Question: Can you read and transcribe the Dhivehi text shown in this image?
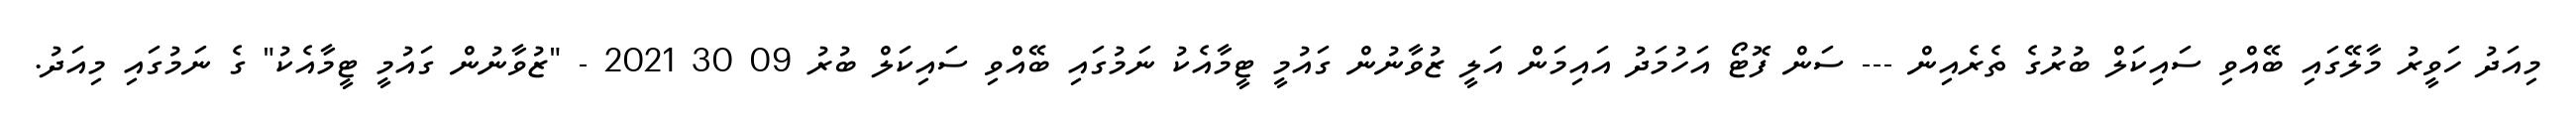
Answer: މިއަދު ހަވީރު މާލޭގައި ބޭއްވި ސައިކަލް ބުރުގެ ތެރެއިން --- ސަން ފޮޓޯ އަހުމަދު އައިމަން އަލީ ޒުވާނުން ގައުމީ ޓީމާއެކު ނަމުގައި ބޭއްވި ސައިކަލް ބުރު 09 30 2021 - "ޒުވާނުން ގައުމީ ޓީމާއެކު" ގެ ނަމުގައި މިއަދު.